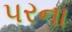
પરના